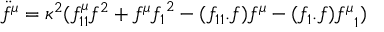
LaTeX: \ddot { f } ^ { \mu } = \kappa ^ { 2 } ( f _ { 1 1 } ^ { \mu } f ^ { 2 } + f ^ { \mu } { f _ { 1 } } ^ { 2 } - ( f _ { 1 1 } . f ) f ^ { \mu } - ( f _ { 1 } . f ) { f ^ { \mu } } _ { 1 } )